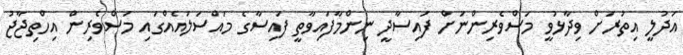
އަދުލީ އިތުރަށް ވިދާޅުވީ މަސްވެރިންނަށް ފައިސާދީ ނިންމާފައިވާތީ ފައިސާގެ މައްސަަލައެއްގައި މަސްވެރިން އިހްތިޖާޖު